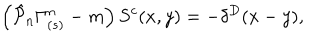
LaTeX: \left( \hat { { \cal P } } _ { n } \Gamma _ { ( s ) } ^ { n } - m \right) S ^ { c } ( x , y ) = - \delta ^ { D } ( x - y ) ,